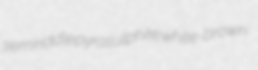
semiriddle pyrosulphite white-brown